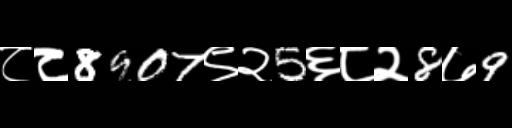
Text: ८८8907९२5६८२8७9